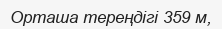
Орташа тереңдігі 359 м,